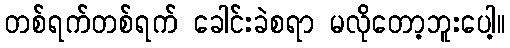
တစ်ရက်တစ်ရက် ခေါင်းခဲစရာ မလိုတော့ဘူးပေါ့။